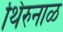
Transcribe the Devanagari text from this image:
थिरुनाळ